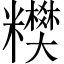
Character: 𥽢